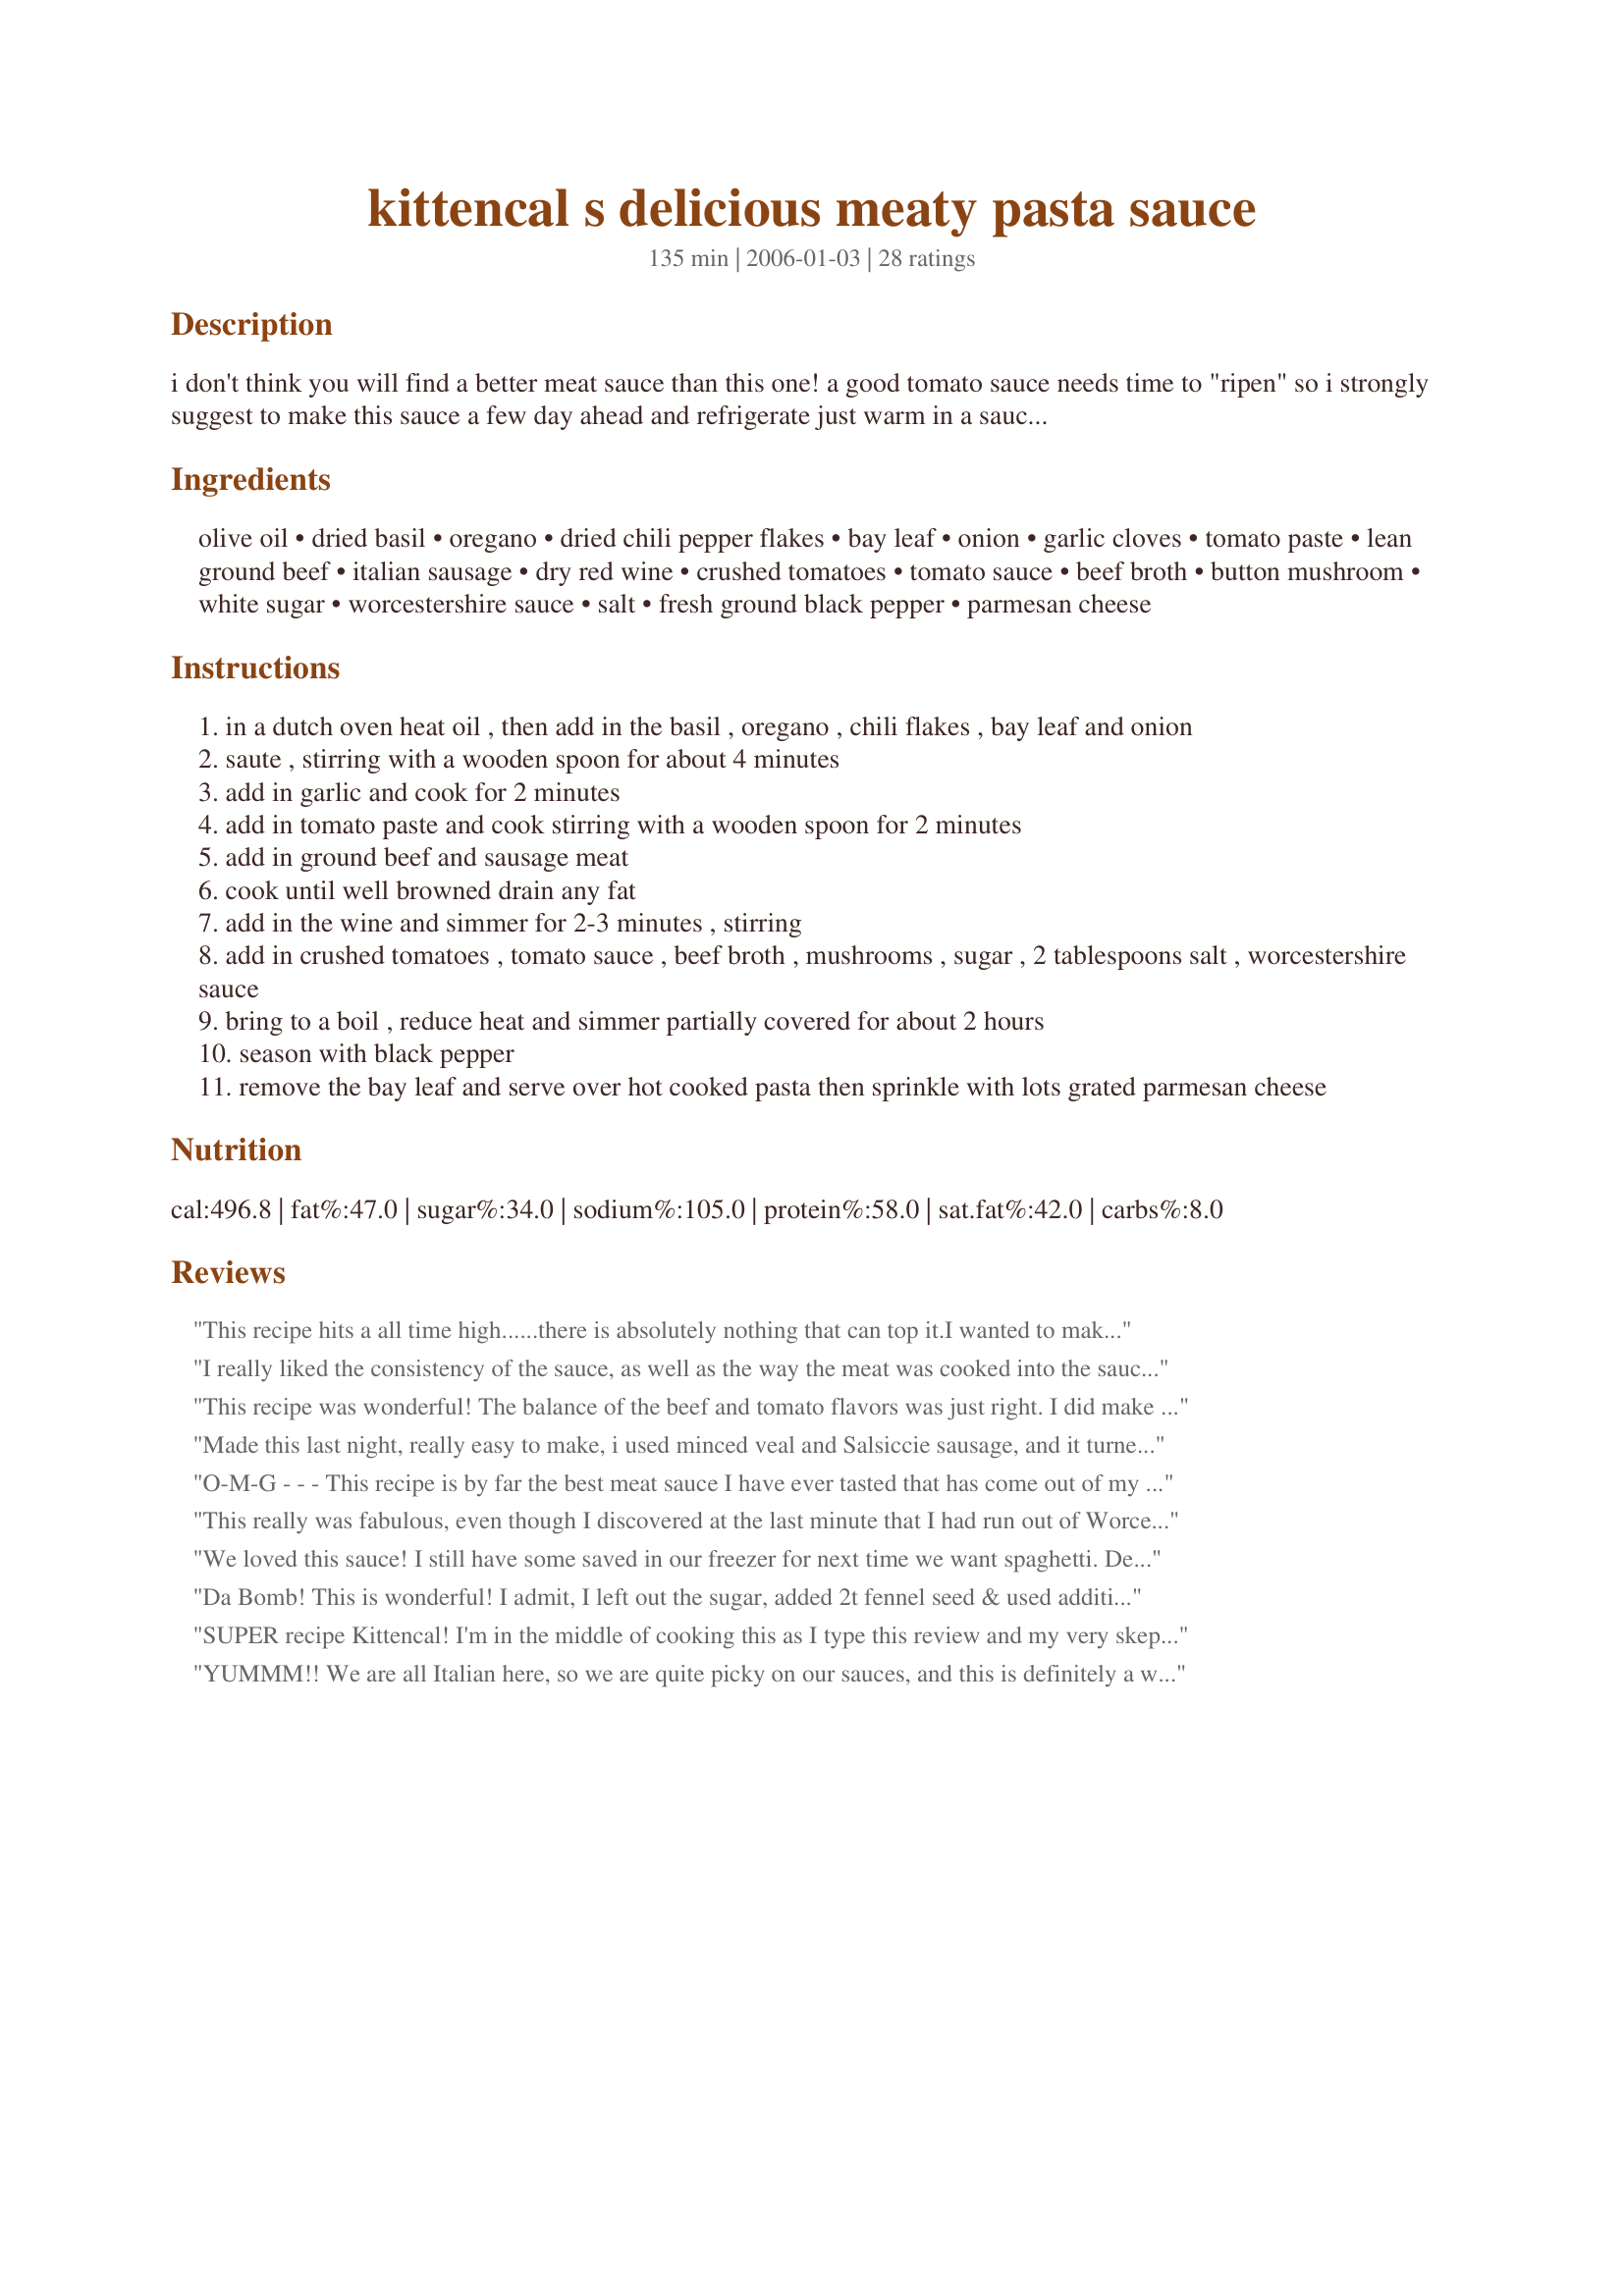
kittencal s delicious meaty pasta sauce
Preparation time: 135 minutes

i don't think you will find a better meat sauce than this one! a good tomato sauce needs time to "ripen" so i strongly suggest to make this sauce a few day ahead and refrigerate just warm in a saucepan before using you will see that the flavors strongly intensify after refrigeration time --if you want a creamy sauce just add in 1/4 cup or more of heavy whipping cream the last 30 minutes of cooking time, this may be doubled if desired but keep the ground beef amount at one pound, this also freezes well... you will *love* this!

Ingredients:
olive oil, dried basil, oregano, dried chili pepper flakes, bay leaf, onion, garlic cloves, tomato paste, lean ground beef, italian sausage, dry red wine, crushed tomatoes, tomato sauce, beef broth, button mushroom, white sugar, worcestershire sauce, salt, fresh ground black pepper, parmesan cheese

Steps:
in a dutch oven heat oil , then add in the basil , oregano , chili flakes , bay leaf and onion
saute , stirring with a wooden spoon for about 4 minutes
add in garlic and cook for 2 minutes
add in tomato paste and cook stirring with a wooden spoon for 2 minutes
add in ground beef and sausage meat
cook until well browned drain any fat
add in the wine and simmer for 2-3 minutes , stirring
add in crushed tomatoes , tomato sauce , beef broth , mushrooms , sugar , 2 tablespoons salt , worcestershire sauce
bring to a boil , reduce heat and simmer partially covered for about 2 hours
season with black pepper
remove the bay leaf and serve over hot cooked pasta then sprinkle with lots grated parmesan cheese

Reviews:
This recipe hits a all time high......there is absolutely nothing that can top it.I wanted to make it a day ahead, however; didn't have all the ingredients.. actually I don't see how it could be any tastier.. the only change I made was to cook the hamburger and sausage, drain and set aside till ready to combine. Kitten your recipes are tops.. thanks so much for posting.
I really liked the consistency of the sauce, as well as the way the meat was cooked into the sauce. However, despite all the herbs, I found this sauce lacking in flavour.
This recipe was wonderful! The balance of the beef and tomato flavors was just right. I did make a few adjustments from the original which I'll detail: I didn't want sausage so I only used the lean ground beef. As such, I decided to just use a 14 oz can of tomatoes so that the sauce stayed thick. I also added in balsamic vinegar. I loved the meat and mushrooms combination that made things so hearty. For those saying they found the recipe not to have flavor, make sure you add the spices at the beginning with the onions. I also found it rather beefy when I tasted it as it just came to a boil but over the two hours the flavor really developed.
Made this last night, really easy to make, i used minced veal and Salsiccie sausage, and it turned out perfect, i just tried it and its truly is amazing. But leaving it in the fridge over night made a big diffrence. Thanks for the excellent recipe and I would also say to you kitten, you inspire people all over the world to cook. /Daniel from sweden
O-M-G - - - This recipe is by far the best meat sauce I have ever tasted that has come out of my kitchen!!! The flavors explode in your mouth with each fork full. I would HIGHLY recommend this to EVERYONE!!! Thank you ONCE AGAIN Kitten...you made me proud!!!
This really was fabulous, even though I discovered at the last minute that I had run out of Worcestershire sauce and had to substitute soy sauce!!! Will definitely make this again.
We loved this sauce! I still have some saved in our freezer for next time we want spaghetti. Delicious!
Da Bomb! This is wonderful! I admit, I left out the sugar, added 2t fennel seed & used additional beef base instead of the salt - it's too hot here & I would swell like a toad with 3671 mg sodium a serving! It was wonderful tonight - I plan to use it with your Parmesan Meatballs for tomorow - considering crockpotting them. Will add a handful of fresh parsley in am. Thank you Kittencal for a keeper!
SUPER recipe Kittencal! I'm in the middle of cooking this as I type this review and my very skeptical husband (who only seems to want his family's traditional tomato sauce) took a bite and said "WOW is that great!". The flavors in the sauce are incredible. I added extra garlic (love it so can't help myself) and extra crushed red pepper. I also added more mushrooms and dropped in some of your parmesan meatballs as well. I used a dry red Zinfandel wine and I think the wine you choose can make or break your sauce so pick something that you'd like to drink to add to this. This will definitely be a staple in my house. I was tempted to double the sauce to freeze for future use but was afraid to in the event my family didn't like it....and now I'm sorry I didn't. We LOVE it!!!! Thank you so much!
YUMMM!! We are all Italian here, so we are quite picky on our sauces, and this is definitely a winner! I love the taste of the wine in the sauce. I didn't use the sausage, just ground beef, as I'm not crazy about ground sausage in my sauce. We all loved it, including my mom :) Thanks Kitten!
Oh my Kit another winner here, this is a superb sauce, it even tastes better the next day, I froze some for another time, thank you Kit
I can't believe more lovers of Italian food haven't tried &amp; reviewed this recipe. I have been making this sauce for almost 10 years, and it's a keeper. I thought I was satisfied with what I made for many years prior to finding this recipe by Kittencal. This is now my go-to recipe for pasta sauce. I would never be without a container in the freezer. From making it so many times I have made some minor modifications to the recipe. First, I always allow at least an hour (preferably much longer) to prep &amp; cook the initial ingredients before the simmer. I start with 3 Tbsp olive oil as that is adequate. Next, no mention is made in the recipe of what type of Italian sausage is advised. I found using all HOT sausage made it too spicy (though my husband is a serious advocate of spicy food), so I use 2 links each of HOT &amp; MILD. I use only 93 or 95% lean ground beef, as that eliminates the need to drain grease out of the pan before continuing -- as I use a heavy Staub Dutch oven which is hard to lift &amp; drain. I use Cabernet Sauvignon wine as I always have it on hand and use a little more than suggested - 2/3 c. instead of &frac12; cup. For mushrooms I use fresh Baby Bellas, up to a 10 oz box, sliced - another thing I always have on hand. 1 tsp of sugar is adequate, as is 2 tsp salt. I use a heaping 1/8 c. minced garlic as 6 cloves is not precise enough for me - they come in MANY sizes. Everything else stays the same, but I do stir in some fresh chopped basil toward the end of simmering, when it's growing in the garden. Also, it works great to start it out on the stove if you have time in the early day to cook, then put it in the slow cooker on low for hours till serving time. I also throw some frozen Italian style meatballs into the pot before serving if I have them. This makes a good hearty meal and very tasty! I consider this an adult meal - little ones may not enjoy it so much, but early teens &amp; up love it!
Hi Kitten,<br/> Made this sauce the other day to go with a chicken parm recipe I was making,,, it was WONDERFUL, my husband just ate bowls of the sauce alone so the next week-end I made a big batch again and froze it !!!!!!! Thanks for posting<br/><br/>Take are,<br/>Pollyw
This was the BEST pasta sauce I've ever made. Absolutely wonderful. I followed the directions except omitting the pepper flakes (personal preference), and increasing the sausage to 1 pound. Wonderful recipe. I let it sit for 24 hours in the fridge & it tasted so good. Thanks!
It hasn't even simmered yet, but I can tell it is AWESOME!!! I was complaining about all the steps while I was making it, but I won't be making another sauce ever!! YUM YUM YUM!!!
This spaghetti sauce is to die for so wonderful tasting! I followed your recipe exactly and it turned out perfect. I served it along with your Italian-Style Bread #180305 "What a great dinner" Thanks again KITTENCAL....
This is hands down my favorite meat sauce recipe. I have made it three times now and the poster is right, don&#039;t forget the salt. The fist time is made it I used kosher salt and thought it was too salty, but that could have been the beef stock too, and the chianti that comes with the wicker basket. But everyone loved it. The second time I used regular salt and a random bottle of Merlot for the wine. That was a mistake. It came out pretty meh, and I&#039;ll definitely chalk that up to the wine. This last time I used Rachel Ray&#039;s beef stock, good old fashioned salt, and a $7 bottle of chianti from the grocery store (I think it was the Banfi Superior, black label with a woman on it), and it came out fan-freaking-tactic. I don&#039;t know how anyone can call this sauce bland, but the base ingredients do make a world of difference.
First of all, I am surprise that this recipe only garnered this few reviews as this is hands down the BEST pasta sauce. Like Dolores, I have also tried Jo Mama's World Famous and I found it to be bland and I needed to double the spices to get some flavour in it. However, I made ZERO changes to this recipe; followed it to the 'T' and it's perfect. This will be the only way I will cook pasta sauce. Thank you, Kitten, because of you my search for the perfect pasta sauce has come to an end.
I didn't use the red pepper flakes as we don't like them here. We found the sauce too sweet using 3 tsp. of sugar also. I don't know what all the hype is about this sauce. Real Italian sauce isn't even supposed to have oregano in it. Oregano is for pizza sauce. I had to add more wine, about 1 c. during the cooking time, as I cooked mine longer than the 2 hrs. to thicken it up some, as it was too thin for us. We like thick meaty sauce. It was good, but not the best flavored sauce I have ever tasted.
Terrific spaghetti sauce, Kitten! Italian(spicy)sausage to give it a spicier taste. Just delish! THX for posting, Caroline.
I have tried serval spaghetti sauces on this site, even Jo mamas world famous. None of them even compair to this recipe. My step son droped by the nite I was cooking it, he hates spaghetti. I got him to try it and he ate 2 serving.He loved it. I did add some parsley, but only change. I will never use any other sauce.
Thank you so much, Kittencal
I finally have my only speg sauce.
Wow! Delicious! Easy! Thick! Now this is another favorite spaghetti recipe. I love traditional spaghetti and have never found another recipe to enjoy.My regular Italian sauce recipe for the past 25 years, I would begin cooking at 10:00 am to be ready and thickened for 6:00pm dinner. The only change I made was adding a chopped red pepper and substituting 1.5 cups tomatoe sauce with V-8 juice. Thanks for sharing Kittencal! You are one my favorites now and shared at my dinner table regularly. From sonia@askmel.ca
Don't be daunted by the seemingly long list of ingredients here. Many are herbs and other really quick-to-add ingredients, all making this a fabulously flavoursome pasta sauce, which you’ll be happy to use with any of your favourite pasta recipes. I'll certainly be making it again. I made this pretty much exactly to the recipe - except for omitting the dried chili pepper flakes and tomato paste (personal taste preferences) and using slightly more wine and slightly less worcestershire sauce. Instead of the tomato paste, I used an Australian bush tomato spice. As a confirmed mushroom lover, I also used more mushrooms than listed in the ingredients. I used a mix of veal/pork and beef and a garlicky Italian sausage. I made this 24 hours ahead and really recommend your doing this. Thank you, KITTENCAL, for yet another fabulous recipe!
Wow!!! This was soooo good!!! EVERYONE loved this! I've made so many sauce recipes, searching for a good one, and this is the first one I've ever made that meets my expectations. Actually, it surpassed them. It's by far the best that I've tried, so 5 stars are not enough! Just wanted to mention that I've made this without the ground beef and sausage, and it comes out just as delicious! Oh yeah...and if you have kids, you may want to reduce the red pepper flakes to 1/2 tsp. 1 tsp. was a little too spicy for mine...they still ate it though!!;)
We loved this ! This is different than other pasta sauces I have tried. It has a little bit of a bite to it. Others I use have a sweeter taste. What a wonderful change of pace. Thanx Kittencal for another fantastic recipe, didn't change a thing, as there is never a need to with your recipes girl !
Wow, I can&#039;t believe I haven&#039;t submitted a review yet for this sauce! I&#039;ve been making this sauce for over 3 years now, and it&#039;s my go-to recipe. I&#039;ve contemplated trying new ones, but I always go back to this one for fear of being disappointed. It&#039;s wonderful ripened after a few days, and it&#039;s great to freeze to always keep on hand. I&#039;ve also brought this to friends who are sick, and they&#039;ve nicknamed it
This was a real hit with the two guys that I cook for, my husband and Number One son. They thought that the flavor of the sauce was perfection. The sausage was there but not over powering. It wasn't too much tomato and the thickness was just right. It went well with the thin spaghetti. It was like eating out. It was a snap to make. Well worth the effort. I served home made French Bread with it which very nicely complimented it. Thank you for posting this and I will be checking out your other works.
I doubled this recipe, and it turned out great - even though I was missing a second can of tomatoes, and improvised slightly. I added a finely chopped up celery stalk and a red and yellow pepper to hide a few vegetables and add to the texture. Even though it was recommended if doubling, to keep the ground beef at the original amount, I took a chance and doubled it anyway since I like a hearty sauce. Otherwise I followed the recipe. In spite of my changes I think it was one of the best spaghetti sauce recipes I have ever tried. This one is a keeper. And I have come to trust Kittencal's recipes - as always, very reliable.
